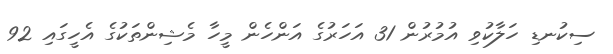
ސިކުނޑި ހަލާކުވި އުމުރުން 31 އަހަރުގެ އަންހެން މީހާ މެޝިންތަކުގެ އެހީގައި 92